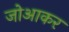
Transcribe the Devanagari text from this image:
जोआकर